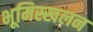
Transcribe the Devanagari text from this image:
भूमिस्खलन